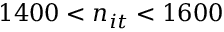
1 4 0 0 < n _ { i t } < 1 6 0 0